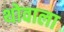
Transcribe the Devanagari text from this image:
थोवाला